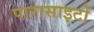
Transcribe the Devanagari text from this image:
पारासाइटों